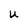
Character: U